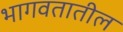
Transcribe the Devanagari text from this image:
भागवतातील